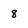
Character: 8